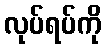
လုပ်ရပ်ကို